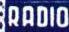
RADIO